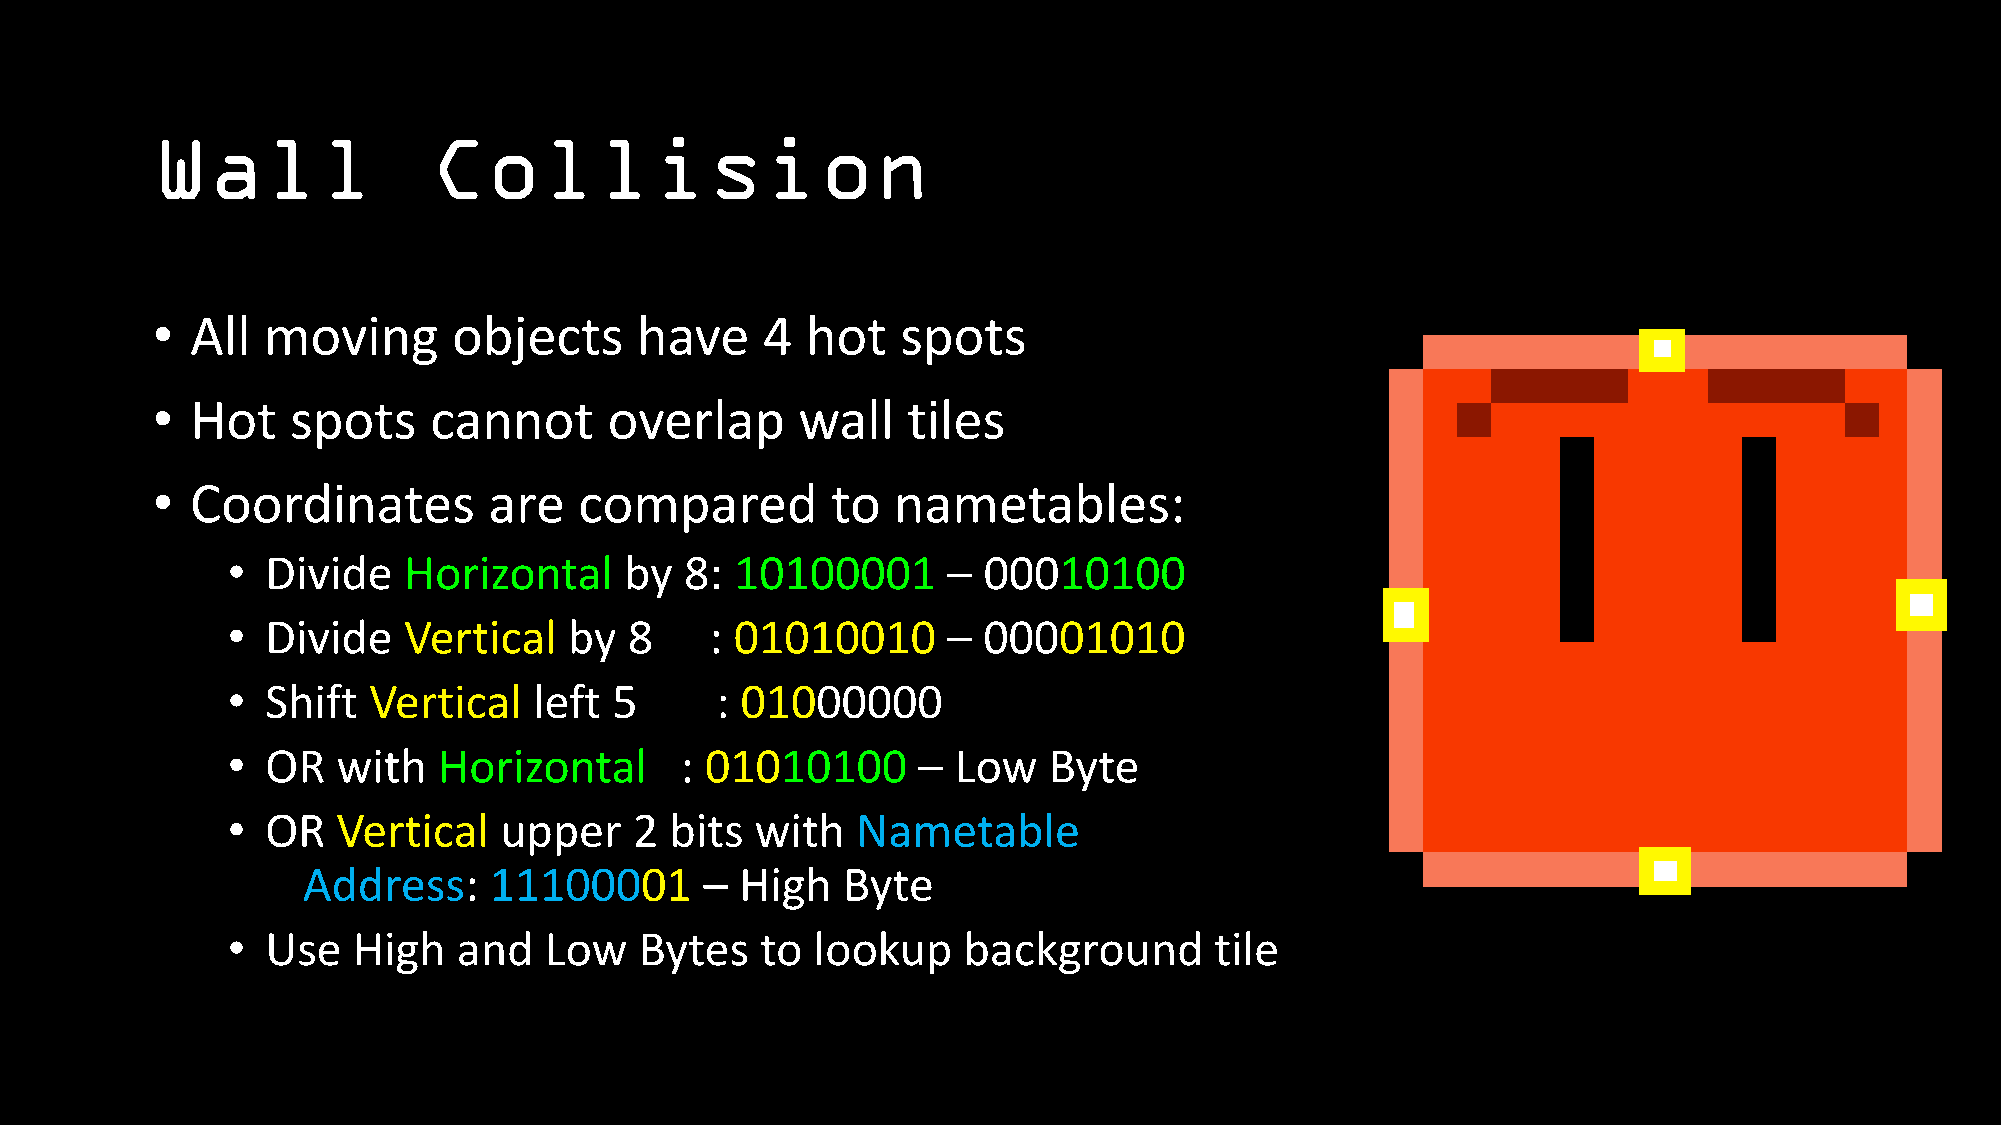
Wall              Collision
 •  All moving       objects     have    4  hot    spots
 •  Hot   spots    cannot      overlap      wall   tiles
 •  Coordinates        are   compared         to  nametables:
 •  Divide   Horizontal    by  8:  10100001      – 00010100
 •  Divide   Vertical   by  8    : 01010010      – 00001010
 •  Shift Vertical   left  5     : 01000000
 •  OR  with   Horizontal      : 01010100      – Low   Byte
 •  OR  Vertical   upper    2 bits  with   Nametable
 Address:    11100001       – High   Byte
 •  Use  High   and   Low   Bytes   to  lookup    background      tile